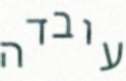
עובדה